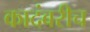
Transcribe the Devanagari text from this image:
कादंबरीच